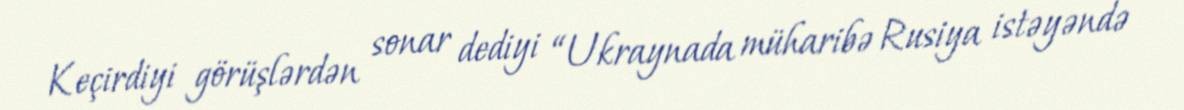
Keçirdiyi görüşlərdən sonar dediyi “Ukraynada müharibə Rusiya istəyəndə